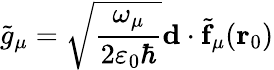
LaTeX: \tilde{g}_{\mu}=\sqrt{\frac{\omega_{\mu}}{2\varepsilon_{0}\hbar}}\mathbf{d}\cdot\tilde{\mathbf{f}}_{\mu}(\mathbf{r}_{0})